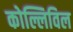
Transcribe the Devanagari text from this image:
कोल्लिविल